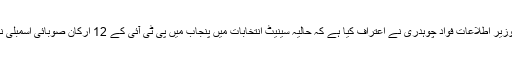
اسلام آباد (جیوڈیسک) وفاقی وزیر اطلاعات فواد چوہدری نے اعتراف کیا ہے کہ حالیہ سینیٹ انتخابات میں پنجاب میں پی ٹی آئی کے 12 ارکان صوبائی اسمبلی نے (ن) لیگ کو ووٹ دیا ہے۔